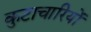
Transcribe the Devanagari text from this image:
कुटाचारियों